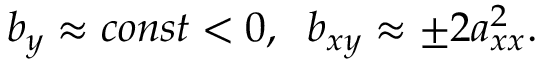
b _ { y } \approx c o n s t < 0 , \; \; b _ { x y } \approx \pm 2 a _ { x x } ^ { 2 } .